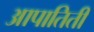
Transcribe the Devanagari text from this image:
आपातिती